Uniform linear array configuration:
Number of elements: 8
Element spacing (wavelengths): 0.75
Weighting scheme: exponential
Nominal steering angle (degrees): -15
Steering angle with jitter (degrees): -16.449
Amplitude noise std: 0.05
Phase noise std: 0.05

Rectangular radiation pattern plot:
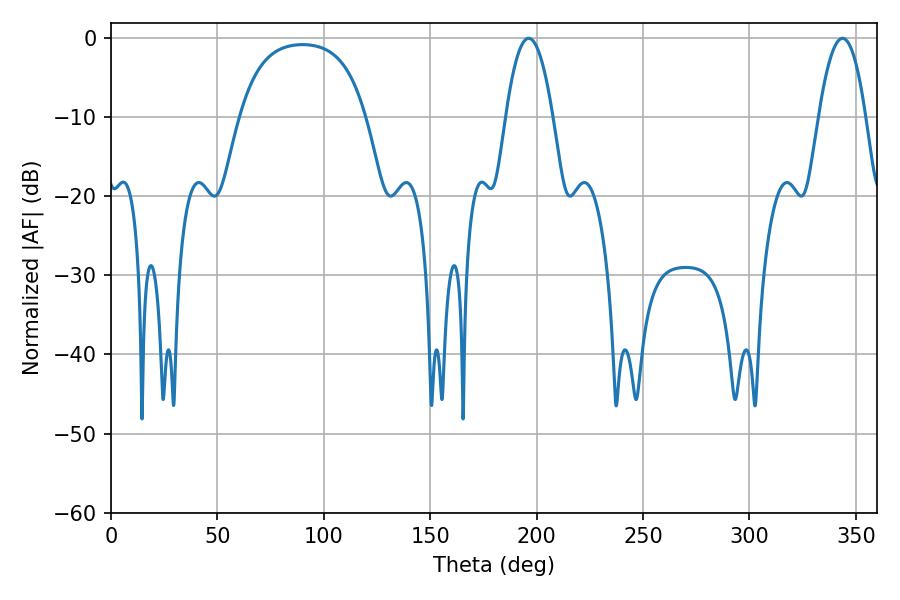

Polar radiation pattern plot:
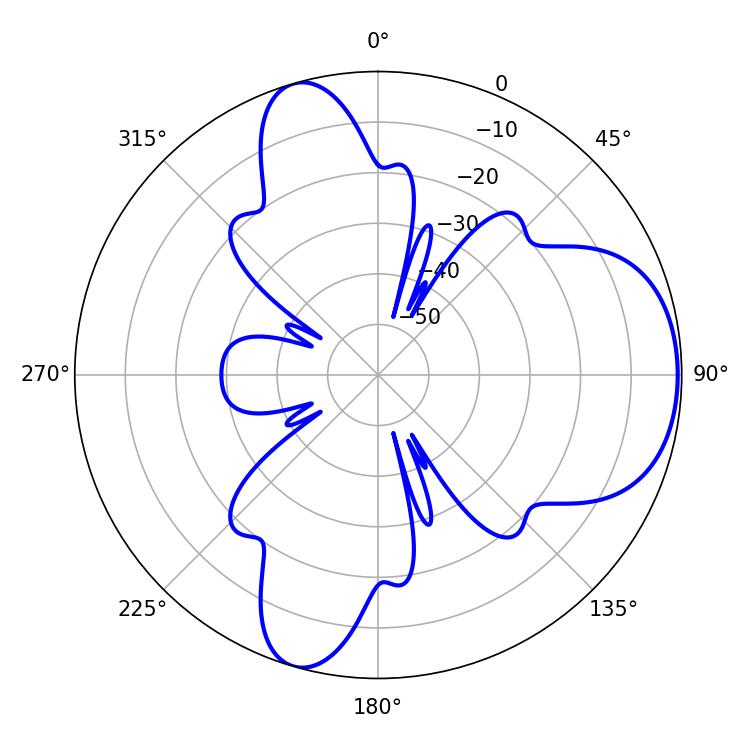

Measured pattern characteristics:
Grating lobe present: TRUE
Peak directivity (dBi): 6.572
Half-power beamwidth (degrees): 12.24
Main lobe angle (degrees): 196.2